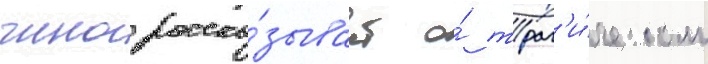
чино расска́зывает о́ траг'и́ческом